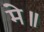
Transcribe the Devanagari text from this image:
मे॥